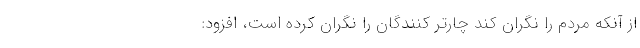
از آنکه مردم را نگران کند چارتر کنندگان را نگران کرده است، افزود: